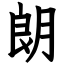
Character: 朗